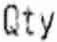
QTY